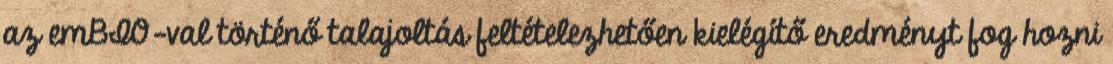
az emBIO-val történő talajoltás feltételezhetően kielégítő eredményt fog hozni